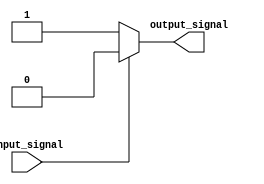
module open_drain_inverter (
    input wire input_signal,
    output reg output_signal
);

always @* begin
    if (input_signal) begin
        output_signal = 1'b0; // LOW state
    end else begin
        output_signal = 1'b1; // HIGH state
    end
end

endmodule